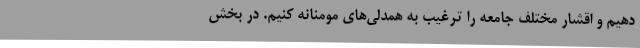
دهیم و اقشار مختلف جامعه را ترغیب به همدلی‌های مومنانه کنیم. در بخش